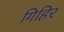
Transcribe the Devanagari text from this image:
गिहिर